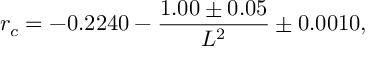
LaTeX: r _ { c } = - 0 . 2 2 4 0 - { \frac { 1 . 0 0 \pm 0 . 0 5 } { L ^ { 2 } } } \pm 0 . 0 0 1 0 ,